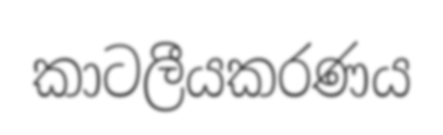
කාටලීයකරණය